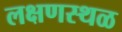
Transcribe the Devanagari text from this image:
लक्षणस्थळ